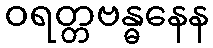
ဝရတ္တဗန္ဓနေန